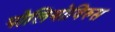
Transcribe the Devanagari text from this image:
पोलियोविरुस